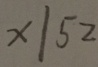
x \vert 5 2